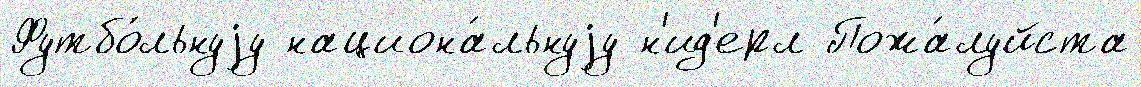
Футбо́льнуjу национа́льнуjу н'ид'ерл Пожа́луйста